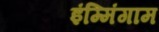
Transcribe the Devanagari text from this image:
इंम्मिंगाम